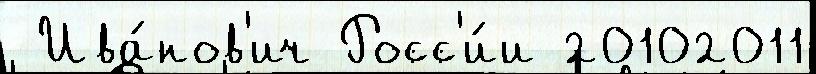
 Ива́нов'ич Росс'и́и 20102011